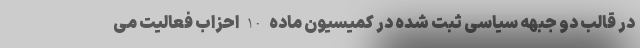
در قالب دو جبهه سیاسی ثبت شده در کمیسیون ماده 10 احزاب فعالیت می‌